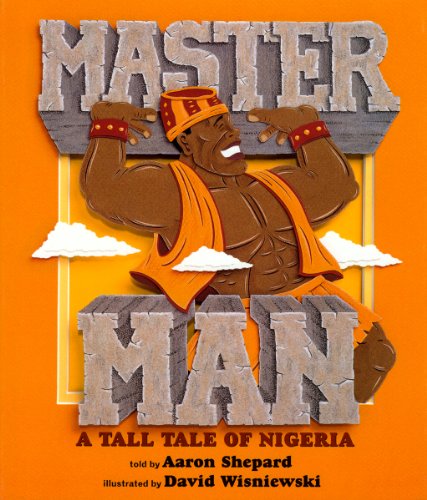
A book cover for Master Man: A Tall Tale of Nigeria; Aaron Shepard; Children's Books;